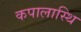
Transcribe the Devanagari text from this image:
कपालास्थि